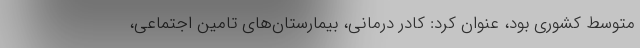
متوسط کشوری بود، عنوان کرد: کادر درمانی، بیمارستان‌های تامین اجتماعی،